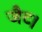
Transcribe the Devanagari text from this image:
जैट।